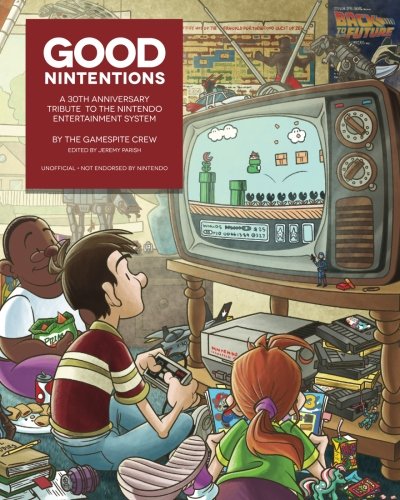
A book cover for Good Nintentions: 30 Years of NES: An Unofficial Survey of the Nintendo Entertainment System (GameSpite Journal) (Volume 1); Jeremy Parish; Humor & Entertainment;